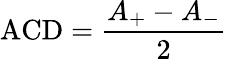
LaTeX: \mathrm{ACD}=\frac{A_{+}-A_{-}}{2}